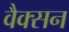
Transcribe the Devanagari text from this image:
वैक्सन